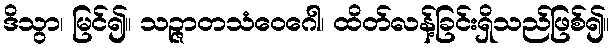
ဒိသွာ၊ မြင်၍။ သဉ္ဇာတသံဝေဂေါ၊ ထိတ်လန့်ခြင်းရှိသည်ဖြစ်၍။